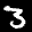
Label: 3